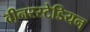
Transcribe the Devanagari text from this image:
वीनरस्टेडियन